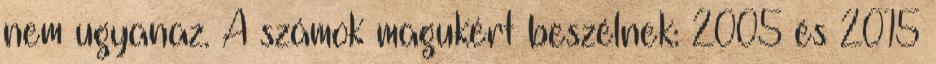
nem ugyanaz. A számok magukért beszélnek: 2005 és 2015